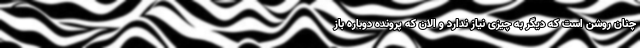
چنان روشن است که دیگر به چیزی نیاز ندارد و الان که پرونده دوباره باز